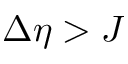
\Delta \eta > J